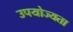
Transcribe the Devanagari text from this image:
उपयोज्यता